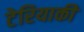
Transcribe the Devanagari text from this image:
टेरियाकी